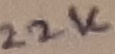
Text: 22K